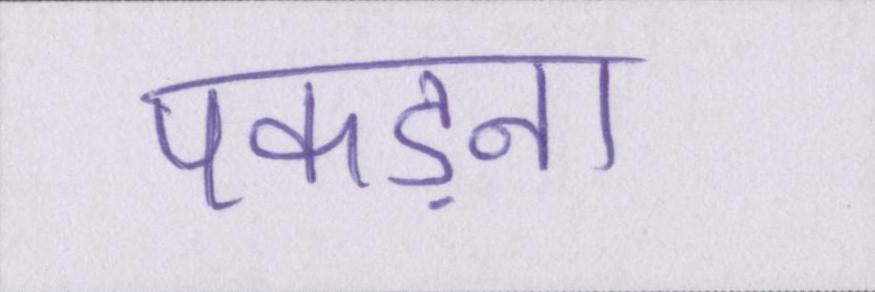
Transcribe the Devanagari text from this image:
पकड़ना